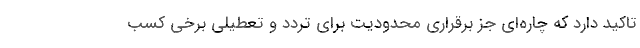
تاکید دارد که چاره‌ای جز برقراری محدودیت برای تردد و تعطیلی برخی کسب